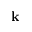
\textbf { k }